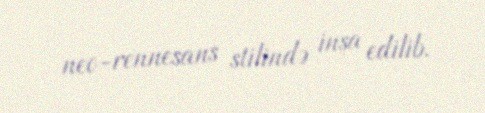
neo-rennesans stilində inşa edilib.